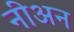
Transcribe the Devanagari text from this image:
नीअन